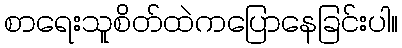
စာရေးသူစိတ်ထဲကပြောနေခြင်းပါ။